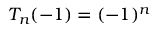
T _ { n } ( - 1 ) = ( - 1 ) ^ { n }